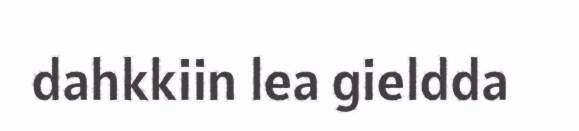
dahkkiin lea gieldda